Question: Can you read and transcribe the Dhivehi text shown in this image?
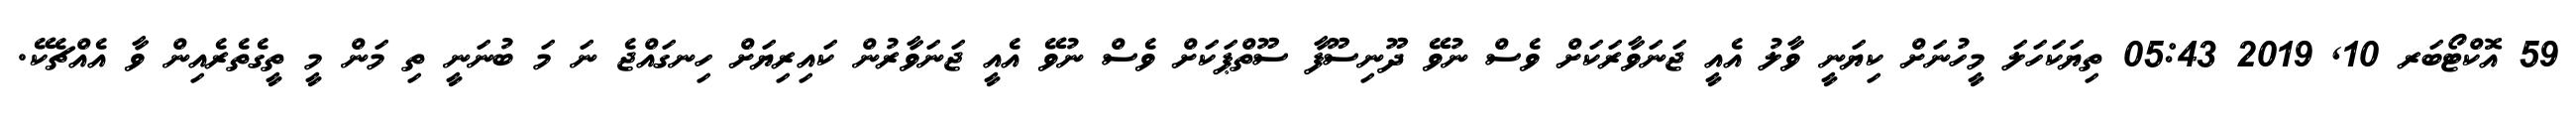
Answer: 59 އޮކްޓޯބަރ 10, 2019 05:43 ތިޔަކަހަލަ މީހުނަށް ކިޔަނީ ވާލު އެއީ ޖަނަވާރަކަށް ވެސް ނުވޭ ދޫނިސޫފާ ސޫތްޕަކަށް ވެސް ނުވޭ އެއީ ޖަނަވާރުން ކައިރިޔަށް ހިނގައްޖެ ނަ މަ ބުނަނީ ތި މަން މީ ތީގެތެރެއިން ވާ އެއްޗެކޭ.